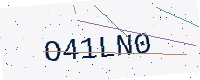
Text: O41LN0